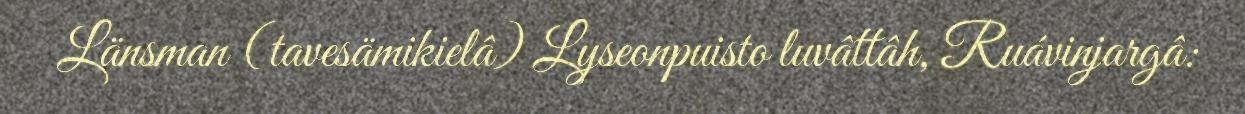
Länsman (tavesämikielâ) Lyseonpuisto luvâttâh, Ruávinjargâ: